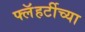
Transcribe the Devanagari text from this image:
फ्लॅहर्टीच्या